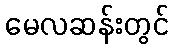
မေလဆန်းတွင်